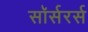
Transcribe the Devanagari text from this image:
सॉर्सरर्स